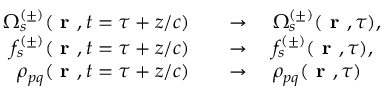
\begin{array} { r l } { \Omega _ { s } ^ { ( \pm ) } ( \textbf { r } , t = \tau + z / c ) \quad } & { \to \quad \Omega _ { s } ^ { ( \pm ) } ( \textbf { r } , \tau ) , } \\ { f _ { s } ^ { ( \pm ) } ( \textbf { r } , t = \tau + z / c ) \quad } & { \to \quad f _ { s } ^ { ( \pm ) } ( \textbf { r } , \tau ) , } \\ { \rho _ { p q } ( \textbf { r } , t = \tau + z / c ) \quad } & { \to \quad \rho _ { p q } ( \textbf { r } , \tau ) } \end{array}